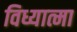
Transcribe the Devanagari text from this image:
विध्यात्मा